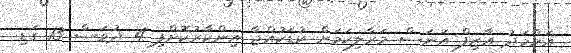
އަހްމަދު އާޒިފް އަނަސް މަރާލިކަމަށް ކުޑަކުއްޖާ އިންކާރުކޮށްފި 4 ދުވަސް 13 ގަޑި